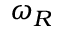
\omega _ { R }